Leaving Certificate Examination, 1919
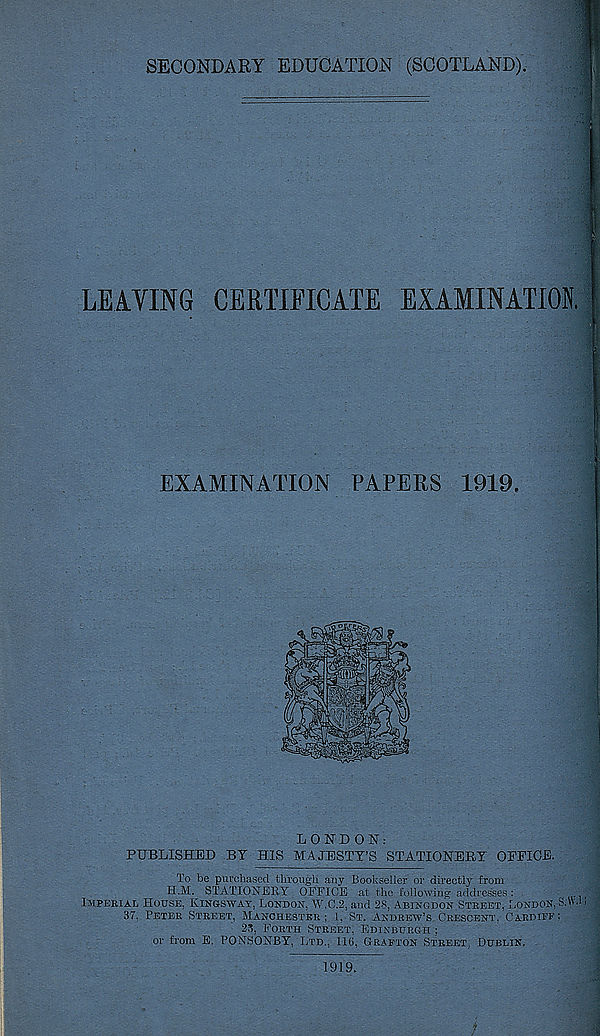
SECONDARY EDUCATION (SCOTLAND)
LEAVING CERTIFICATE EXAMINATION
EXAMINATION PAPERS 1919,
'A
LONDON:
PUBLISHED BY HIS MAJESTY’S STATIONERY OFFICE.
To be purchased through any Bookseller or directly from
H.M. STATIONERY OFFICE at the following addresses:
..
Imperial House, Kingsway, London, W.C.2, and 28, Abingdon Street, London, S.W.l!
37. Peter Street, Manchester; 1, St. Andrew’s Crescent, Cardiff:
23, Forth Street, Edinburgh ;
or from E. PONSONBY, Ltd., 116, Grafton Street, Dublin.